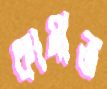
কামাত